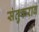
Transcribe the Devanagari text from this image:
संतुकराव